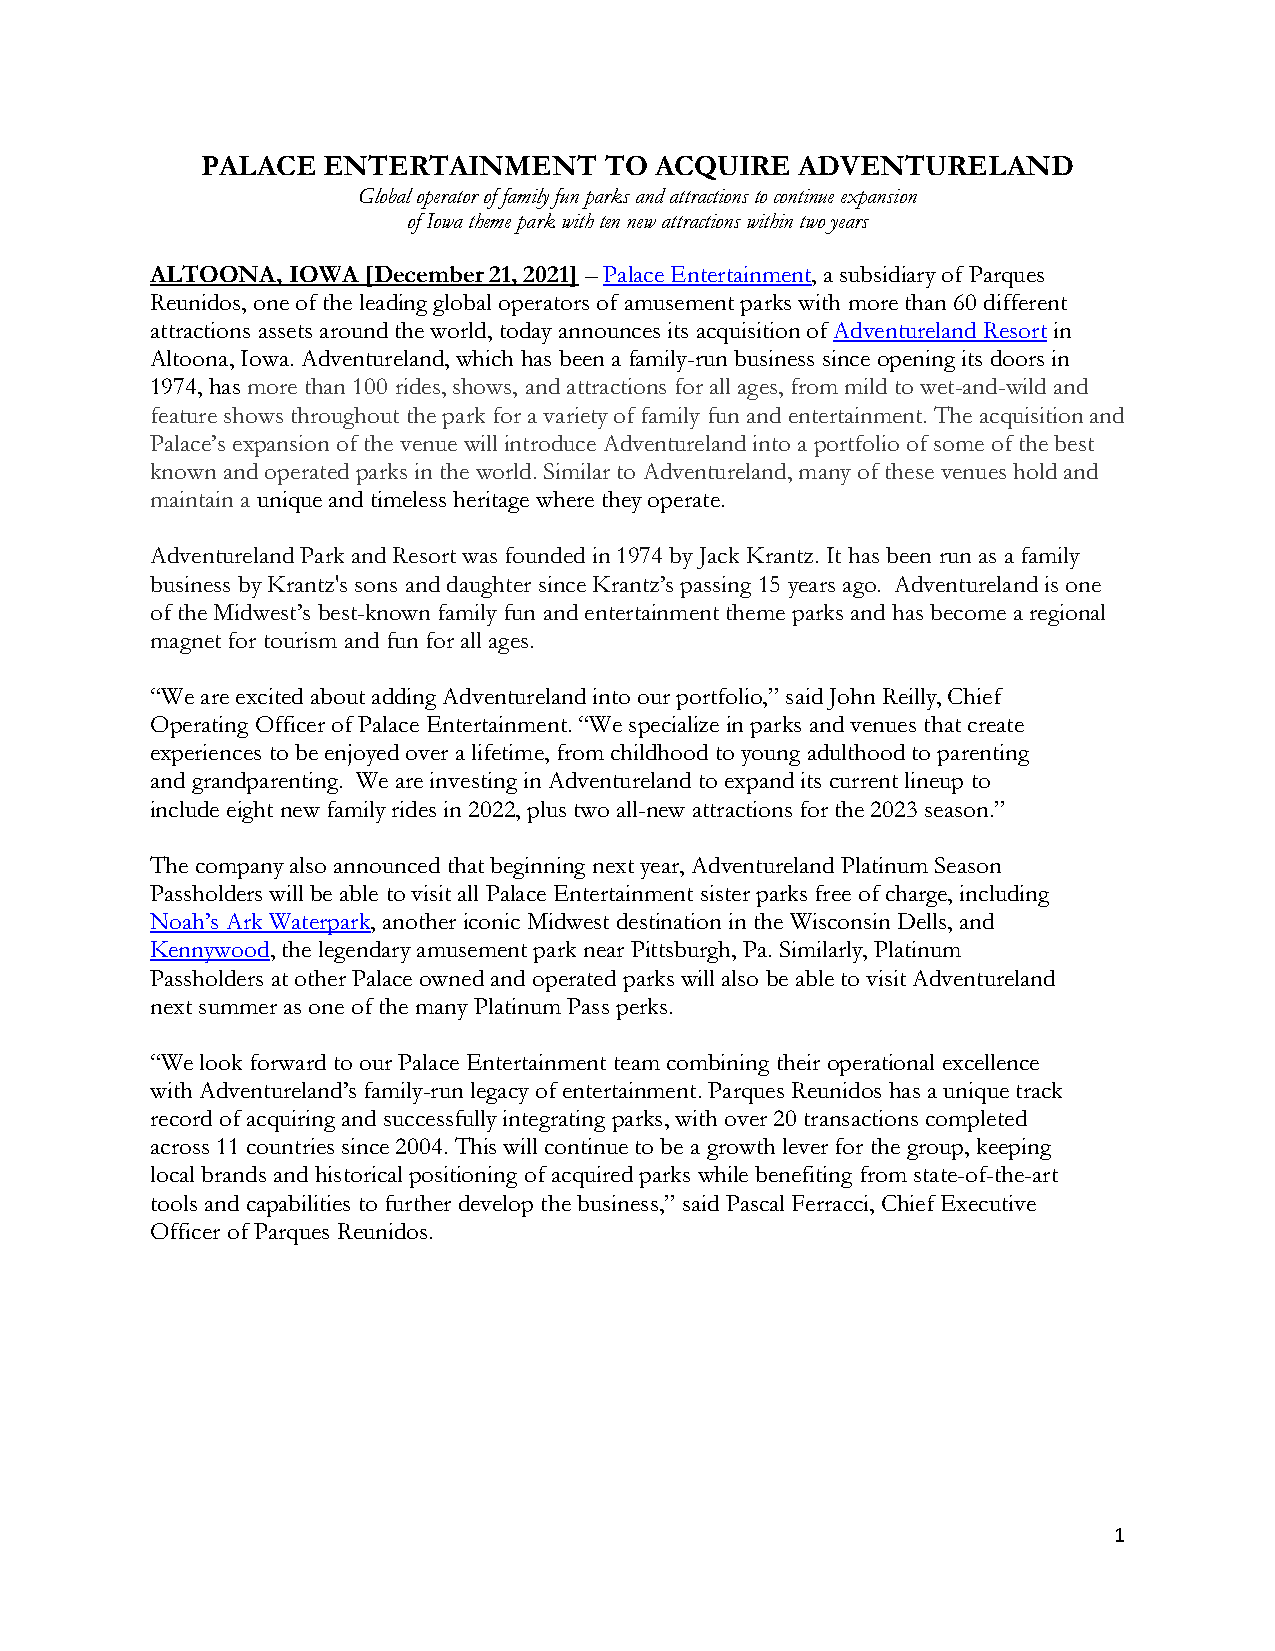
PALACE  ENTERTAINMENT      TO ACQUIRE   ADVENTURELAND
 Global operator of family fun parks and attractions to continue expansion
 of Iowa theme park with ten new attractions within two years
 ALTOONA, IOWA [December 21, 2021] – Palace Entertainment, a subsidiary of Parques
 Reunidos, one of the leading global operators of amusement parks with more than 60 different
 attractions assets around the world, today announces its acquisition of Adventureland Resort in
 Altoona, Iowa. Adventureland, which has been a family-run business since opening its doors in
 1974, has more than 100 rides, shows, and attractions for all ages, from mild to wet-and-wild and
 feature shows throughout the park for a variety of family fun and entertainment. The acquisition and
 Palace’s expansion of the venue will introduce Adventureland into a portfolio of some of the best
 known and operated parks in the world. Similar to Adventureland, many of these venues hold and
 maintain a unique and timeless heritage where they operate.
 Adventureland Park and Resort was founded in 1974 by Jack Krantz. It has been run as a family
 business by Krantz's sons and daughter since Krantz’s passing 15 years ago. Adventureland is one
 of the Midwest’s best-known family fun and entertainment theme parks and has become a regional
 magnet for tourism and fun for all ages.
 “We are excited about adding Adventureland into our portfolio,” said John Reilly, Chief
 Operating Officer of Palace Entertainment. “We specialize in parks and venues that create
 experiences to be enjoyed over a lifetime, from childhood to young adulthood to parenting
 and grandparenting. We are investing in Adventureland to expand its current lineup to
 include eight new family rides in 2022, plus two all-new attractions for the 2023 season.”
 The company also announced that beginning next year, Adventureland Platinum Season
 Passholders will be able to visit all Palace Entertainment sister parks free of charge, including
 Noah’s Ark Waterpark, another iconic Midwest destination in the Wisconsin Dells, and
 Kennywood, the legendary amusement park near Pittsburgh, Pa. Similarly, Platinum
 Passholders at other Palace owned and operated parks will also be able to visit Adventureland
 next summer as one of the many Platinum Pass perks.
 “We look forward to our Palace Entertainment team combining their operational excellence
 with Adventureland’s family-run legacy of entertainment. Parques Reunidos has a unique track
 record of acquiring and successfully integrating parks, with over 20 transactions completed
 across 11 countries since 2004. This will continue to be a growth lever for the group, keeping
 local brands and historical positioning of acquired parks while benefiting from state-of-the-art
 tools and capabilities to further develop the business,” said Pascal Ferracci, Chief Executive
 Officer of Parques Reunidos.
 1